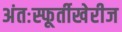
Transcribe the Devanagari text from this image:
अंतःस्फूर्तीखेरीज